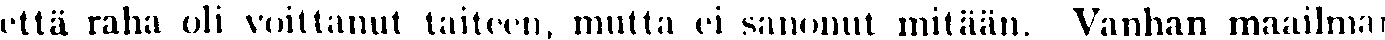
että raha oli voittanut taiteen, mutta ei sanonut mitään. Vanhan maailman